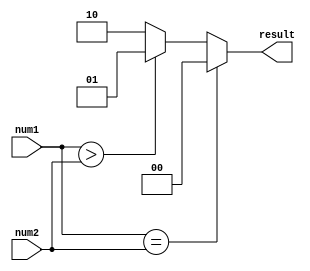
module InequalityComparator(
    input [7:0] num1,
    input [7:0] num2,
    output reg [1:0] result
);

always @(*) begin
    if(num1 == num2) begin
        result = 2'b00; // equal
    end else if(num1 > num2) begin
        result = 2'b01; // greater than
    end else begin
        result = 2'b10; // less than
    end
end

endmodule